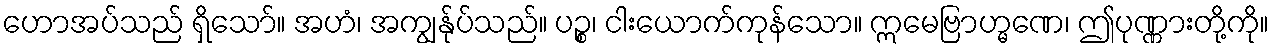
ဟောအပ်သည် ရှိသော်။ အဟံ၊ အကျွန်ုပ်သည်။ ပဉ္စ၊ ငါးယောက်ကုန်သော။ ဣမေဗြာဟ္မဏေ၊ ဤပုဏ္ဏားတို့ကို။